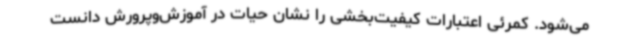
می‌شود. کمرئی اعتبارات کیفیت‌بخشی را نشان حیات در آموزش‌وپرورش دانست